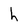
Character: h